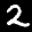
Digit: 2